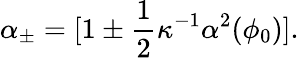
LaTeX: \alpha_{\pm}=[1\pm\frac{1}{2}\kappa^{-1}\alpha^{2}(\phi_{0})].